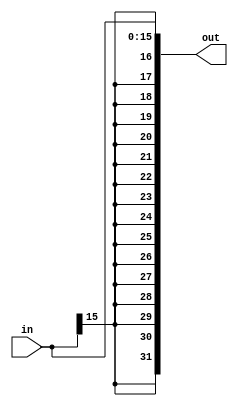
module signExtender_v3(out,in);
	
	input [15:0] in;
	output [31:0] out;
	
	buf sev0(out[0],in[0]),
		 sev1(out[1],in[1]),
		 sev2(out[2],in[2]),
		 sev3(out[3],in[3]),
		 sev4(out[4],in[4]),
		 sev5(out[5],in[5]),
		 sev6(out[6],in[6]),
		 sev7(out[7],in[7]),
		 sev8(out[8],in[8]),
		 sev9(out[9],in[9]),
		 sev10(out[10],in[10]),
		 sev11(out[11],in[11]),
		 sev12(out[12],in[12]),
		 sev13(out[13],in[13]),
		 sev14(out[14],in[14]),			 
		 sev15(out[15],in[15]),
		 sev16(out[16],in[15]),
		 sev17(out[17],in[15]),
		 sev18(out[18],in[15]),
		 sev19(out[19],in[15]),
		 sev20(out[20],in[15]),
		 sev21(out[21],in[15]),
		 sev22(out[22],in[15]),
		 sev23(out[23],in[15]),
		 sev24(out[24],in[15]),
		 sev25(out[25],in[15]),
		 sev26(out[26],in[15]),
		 sev27(out[27],in[15]),
		 sev28(out[28],in[15]),
		 sev29(out[29],in[15]),
		 sev30(out[30],in[15]),
		 sev31(out[31],in[15]);
			 
endmodule